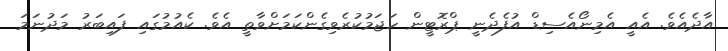
އާދެއެވެ. އެއީ އެމިނޯއެސިޑް އުފެދެނީ ޕްރޮޓީން ހަޖަމުކުރެވިގެންކަމަށްވާތީ އެވެ. ކެއުމުގައި ފައިބަރު މަދުނަމަ